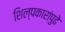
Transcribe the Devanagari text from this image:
शिल्पकारांपुढे